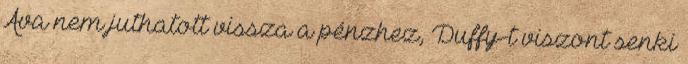
Ava nem juthatott vissza a pénzhez, Duffy-t viszont senki